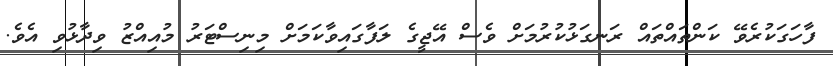
ފާހަގަކުރެވޭ ކަންތައްތައް ރަނގަޅުކުރުމަށް ވެސް އޭޖީގެ ލަފާގައިވާކަމަށް މިނިސްޓަރު މުއިއްޒު ވިދާޅުވި އެވެ.